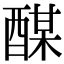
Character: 䤂